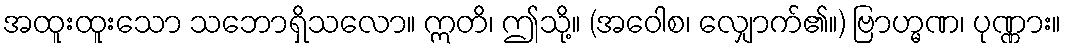
အထူးထူးသော သဘောရှိသလော။ ဣတိ၊ ဤသို့။ (အဝေါစ၊ လျှောက်၏။) ဗြာဟ္မဏ၊ ပုဏ္ဏား။